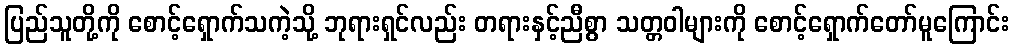
ပြည်သူတို့ကို စောင့်ရှောက်သကဲ့သို့ ဘုရားရှင်လည်း တရားနှင့်ညီစွာ သတ္တဝါများကို စောင့်ရှောက်တော်မူကြောင်း